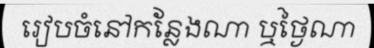
រៀបចំនៅកន្លែងណា ឬថ្ងៃណា